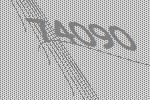
74090